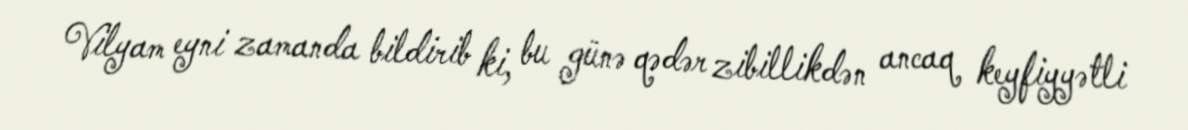
Vilyam eyni zamanda bildirib ki, bu günə qədər zibillikdən ancaq keyfiyyətli